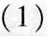
(1)